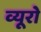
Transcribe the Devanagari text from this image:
व्‍यूरो